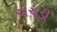
એચડી